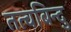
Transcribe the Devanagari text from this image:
तत्वबिन्दु